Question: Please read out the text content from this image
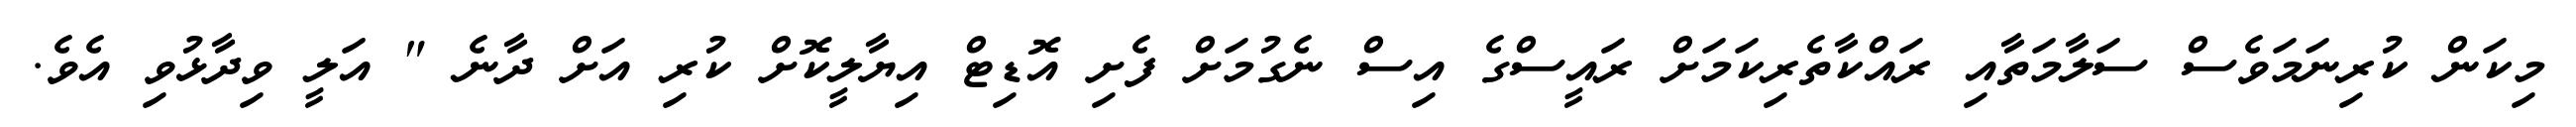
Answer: މިކަން ކުރިނަމަވެސް ސަލާމަތާއި ރައްކާތެރިކަމަށް ރައީސްގެ އިސް ނެގުމަށް ފެށި އޮޑިޓް އިޔާލީކޮށް ކުރި އަށް ދާނެ " އަލީ ވިދާޅުވި އެވެ.